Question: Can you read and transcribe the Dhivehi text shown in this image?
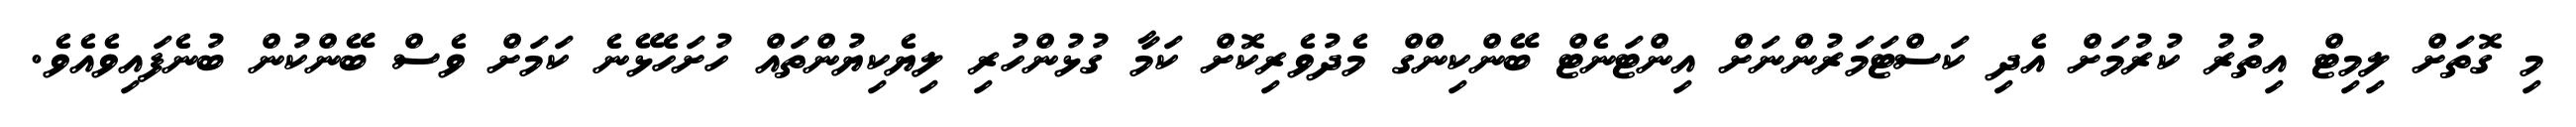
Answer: މި ގޮތަށް ލިމިޓް އިތުރު ކުރުމަށް އެދި ކަސްޓަމަރުންނަށް އިންޓަނެޓް ބޭންކިންގް މެދުވެރިކޮށް ކަމާ ގުޅުންހުރި ލިޔެކިޔުންތައް ހުށަހެޅޭނެ ކަމަށް ވެސް ބޭންކުން ބުނެފައިވެއެވެ.